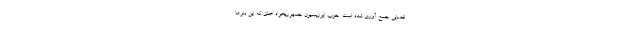
قضایی جمع آوری شده است. حزب اپوزیسیون جمهوریخواه خلق که این بنرها